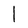
Character: l